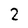
Character: 2